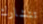
تتشارك